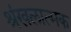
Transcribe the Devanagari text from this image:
श्रंखलात्मक